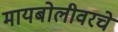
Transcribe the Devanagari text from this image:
मायबोलीवरचे